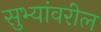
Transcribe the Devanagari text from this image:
सुभ्यांवरील